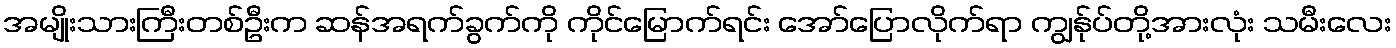
အမျိုးသားကြီးတစ်ဦးက ဆန်အရက်ခွက်ကို ကိုင်မြောက်ရင်း အော်ပြောလိုက်ရာ ကျွန်ုပ်တို့အားလုံး သမီးလေး